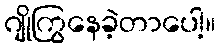
ဂျိုကြွနေခဲ့တာပေါ့။